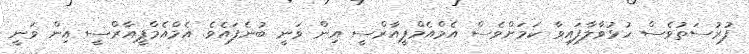
ފުރުސަތުވެސް ހުޅުވާލާފައިވާ ކަމަށްވެސް އެމްއެމްޕީއާރްސީ އިން ވަނީ ބުނެފައެވެ. އެމްއެމްޕީއާރްސީ އިން ވަނީ